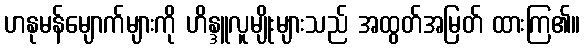
ဟနုမန်မျောက်များကို ဟိန္ဒူလူမျိုးများသည် အထွတ်အမြတ် ထားကြ၏။